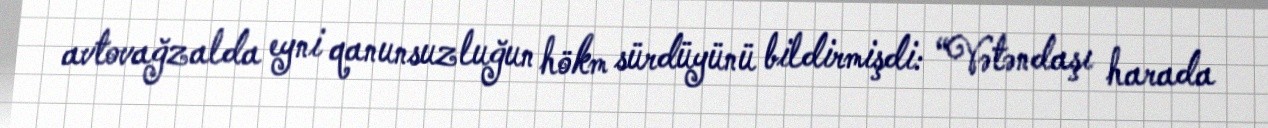
avtovağzalda eyni qanunsuzluğun hökm sürdüyünü bildirmişdi: “Vətəndaşı harada